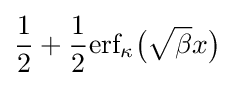
{\frac {1}{2}}+{\frac {1}{2}}{\textrm {erf}}_{\kappa }{\big (}{\sqrt {\beta }}x{\big )}\